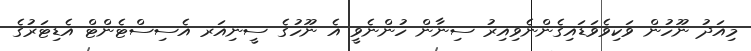
މިއަދު ނޫހުން ވަކިވެވަޑައިގެންނެވިއިރު ސިނާން ހުންނެވީ އެ ނޫހުގެ ސީނިއަރ އެސިސްޓެންޓް އެޑިޓަރުގެ